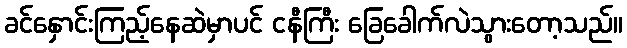
ခင်နှောင်းကြည့်နေဆဲမှာပင် ငနီကြီး ခြေခေါက်လဲသွားတော့သည်။